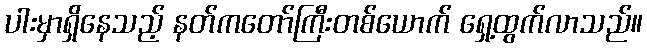
ပါးမှာရှိနေသည့် နတ်ကတော်ကြီးတစ်ယောက် ရှေ့ထွက်လာသည်။